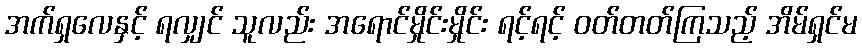
အက်ရှလေနှင့် ရလျှင် သူလည်း အရောင်မှိုင်းမှိုင်း ရင့်ရင့် ဝတ်တတ်ကြသည့် အိမ်ရှင်မ